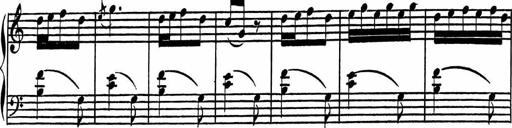
Title: 4 Piano Sonatinas
Composer: Adam Geibel